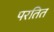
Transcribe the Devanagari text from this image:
परतित